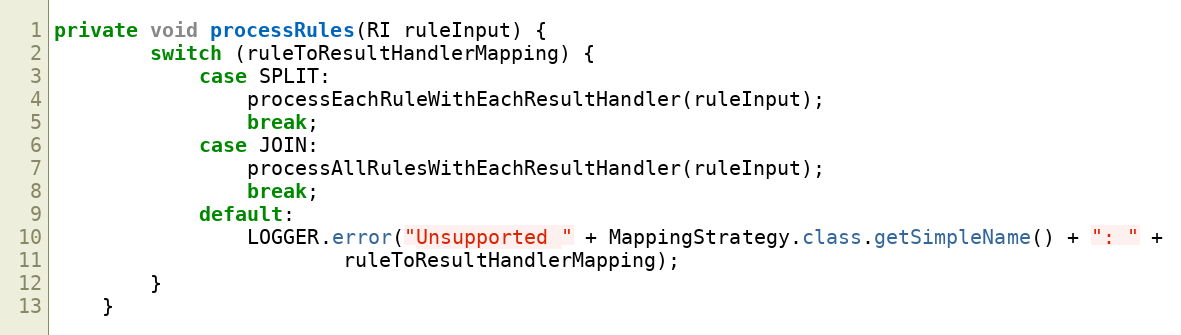
Language: Java
private void processRules(RI ruleInput) {
        switch (ruleToResultHandlerMapping) {
            case SPLIT:
                processEachRuleWithEachResultHandler(ruleInput);
                break;
            case JOIN:
                processAllRulesWithEachResultHandler(ruleInput);
                break;
            default:
                LOGGER.error("Unsupported " + MappingStrategy.class.getSimpleName() + ": " +
                        ruleToResultHandlerMapping);
        }
    }